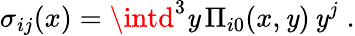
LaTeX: \sigma_{ij}(x)=\intd^{3}\mathit{y}\, \Pi_{i0}(x,\mathit{y})\, \mathit{y}^{j}\; .